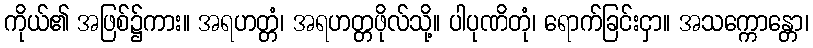
ကိုယ်၏ အဖြစ်၌ကား။ အရဟတ္တံ၊ အရဟတ္တဖိုလ်သို့။ ပါပုဏိတုံ၊ ရောက်ခြင်းငှာ။ အသက္ကောန္တော၊